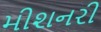
મીશનરી